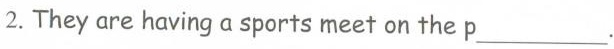
2. They are having a sports meet on the p___.